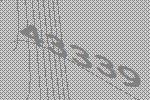
43339